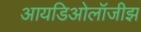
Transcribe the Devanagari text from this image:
आयडिओलॉजीझ